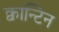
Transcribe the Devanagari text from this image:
क्वान्टिन